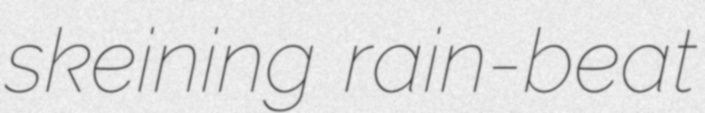
skeining rain-beat